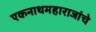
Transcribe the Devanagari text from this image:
एकनाथमहाराजांचे